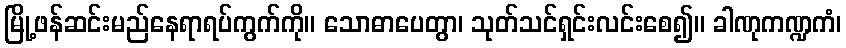
မြို့ဖန်ဆင်းမည်နေရာရပ်ကွက်ကို။ သောဓာပေတွာ၊ သုတ်သင်ရှင်းလင်းစေ၍။ ခါဏုကဏ္ဍကံ၊